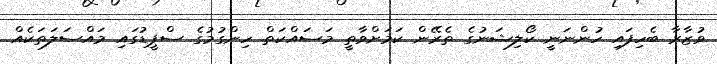
ވުޒާރާ ބެހިފައި ހުންނަނީ ކޯލިޝަނުގެ ތެރޭން ކަމަށްވާތީ މަސައްކަތް ހިންގުމުގެ ސްޕީޑުގައި މައްސަލަތަކެއް